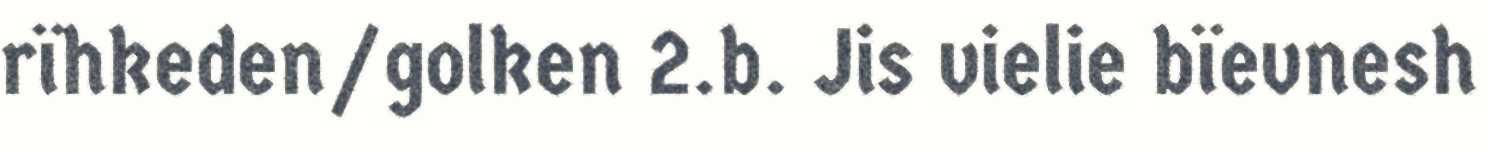
rïhkeden/golken 2.b. Jis vielie bïevnesh